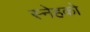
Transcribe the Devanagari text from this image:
स्नेहको